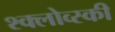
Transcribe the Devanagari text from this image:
श्क्लोव्स्की